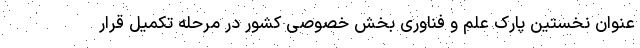
عنوان نخستین پارک علم و فناوری بخش خصوصی کشور در مرحله تکمیل قرار